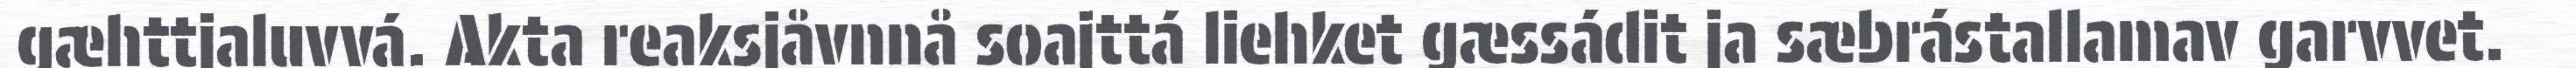
gæhttjaluvvá. Akta reaksjåvnnå soajttá liehket gæssádit ja sæbrástallamav garvvet.